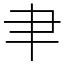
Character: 𦘒